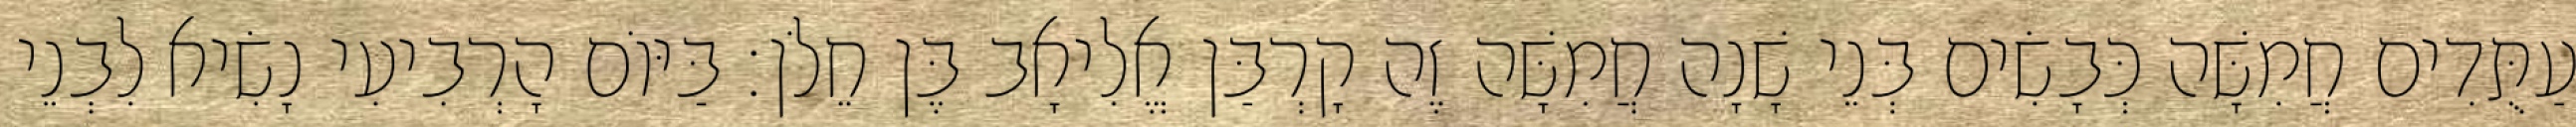
עַתֻּדִים חֲמִשָּׁה כְּבָשִׂים בְּנֵי שָׁנָה חֲמִשָּׁה זֶה קָרְבַּן אֱלִיאָב בֶּן חֵלֹן׃ בַּיּוֹם הָרְבִיעִי נָשִׂיא לִבְנֵי